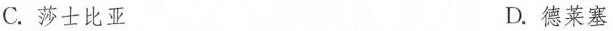
C.莎士比亚 D.德莱塞